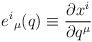
LaTeX: \begin{align*}{e^i}_\mu (q) \equiv \frac{\partial x^i}{\partial q^\mu}\end{align*}